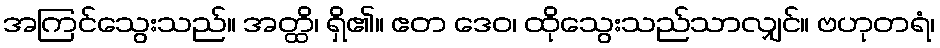
အကြင်သွေးသည်။ အတ္ထိ၊ ရှိ၏။ ဧတ ဒေဝ၊ ထိုသွေးသည်သာလျှင်။ ဗဟုတရံ၊